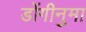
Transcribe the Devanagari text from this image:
डोंगीनुमा